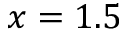
x = 1 . 5